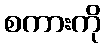
စကားကို